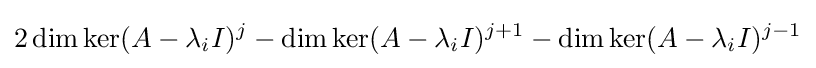
2\dim \ker(A-\lambda _{i}I)^{j}-\dim \ker(A-\lambda _{i}I)^{j+1}-\dim \ker(A-\lambda _{i}I)^{j-1}